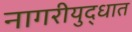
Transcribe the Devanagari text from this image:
नागरीयुद्धात